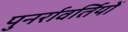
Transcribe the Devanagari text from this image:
पुनर्रावर्तियों